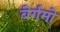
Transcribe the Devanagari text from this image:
बेर्गमो